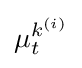
\mu _{t}^{k^{(i)}}